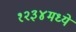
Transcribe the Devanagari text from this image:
१२३४मध्ये